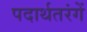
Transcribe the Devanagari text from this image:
पदार्थतरंगें